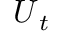
\boldsymbol { U } _ { t }